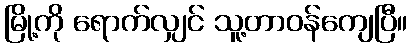
မြို့ကို ရောက်လျှင် သူ့တာဝန်ကျေပြီ။